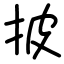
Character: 披